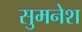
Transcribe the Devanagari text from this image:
सुमनेश